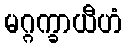
မဂ္ဂက္ခာယီဟံ